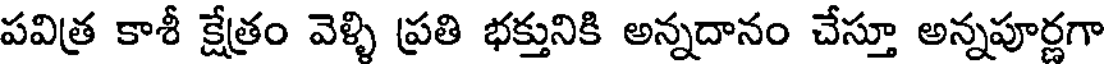
పవిత్ర కాశీ క్షేత్రం వెళ్ళి ప్రతి భక్తునికి అన్నదానం చేస్తూ అన్నపూర్ణగా